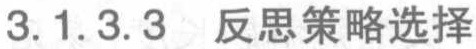
3.1.3.3 反思策略选择